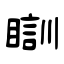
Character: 瞓